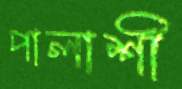
পালাশী